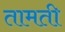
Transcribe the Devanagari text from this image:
तामती